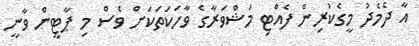
އާ ދެމެދު މީގެކުރިން ފެއްޓި މަޝްވަރާގެ ވާހަކަތަކަށް ވެސް މި ޕާޓީން ވާނީ